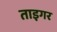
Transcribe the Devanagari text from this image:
ताइगर